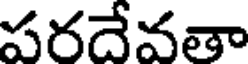
పరదేవతా